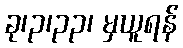
ခု၊၃၊၃၃၊ မှယူရန်